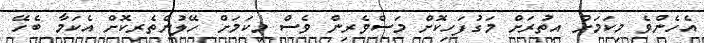
އެހެންވެ މިކަމަށް އިތުރަށް މަގުފަހިކޮށް މަސްވެރިން ވެސް މިކަމަށް ހޭލުންތެރިކޮށް އެކަމާ ބެހޭ